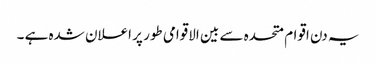
یہ دن اقوام متحدہ سے بین الاقوامی طور پر اعلان شدہ ہے ۔